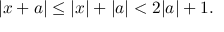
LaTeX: | x + a | \leq | x | + | a | < 2 | a | + 1 .